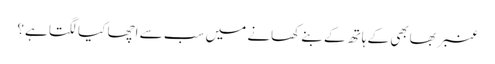
عنبر بھابھی کے ہاتھ کے بنے کھانے میں سب سے اچھا کیا لگتا ہے؟